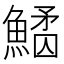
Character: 𩺠